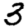
Digit: 3